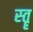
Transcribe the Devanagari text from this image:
स्‍तॄ